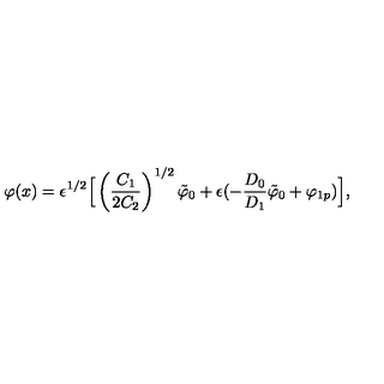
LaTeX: \varphi ( x ) = \epsilon ^ { 1 / 2 } \Big \lbrack \left( \frac { C _ { 1 } } { 2 C _ { 2 } } \right) ^ { 1 / 2 } \tilde { \varphi } _ { 0 } + \epsilon ( - \frac { D _ { 0 } } { D _ { 1 } } \tilde { \varphi } _ { 0 } + \varphi _ { 1 p } ) \Big \rbrack ,